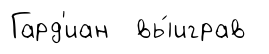
Гард'иан вы́играв